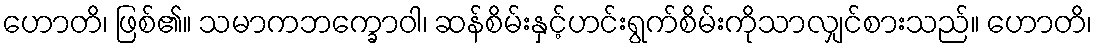
ဟောတိ၊ ဖြစ်၏။ သမာကဘက္ခောဝါ၊ ဆန်စိမ်းနှင့်ဟင်းရွက်စိမ်းကိုသာလျှင်စားသည်။ ဟောတိ၊